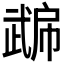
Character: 𭭮